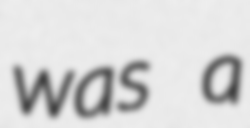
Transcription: was a